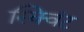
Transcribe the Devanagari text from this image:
स्क्विंट